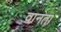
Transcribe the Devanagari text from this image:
वानता